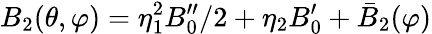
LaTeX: B_{2}(\theta,\varphi)=\eta_{1}^{2}B_{0}^{\prime\prime}/2+\eta_{2}B_{0}^{\prime}+\bar{B}_{2}(\varphi)